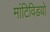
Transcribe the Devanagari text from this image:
मांटिविडयो